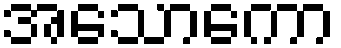
အသောကော